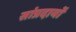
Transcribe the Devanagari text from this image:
सांप्रदायों